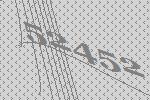
52452